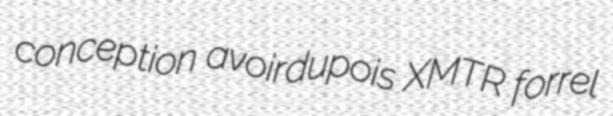
conception avoirdupois XMTR forrel